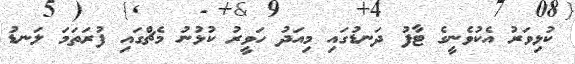
ކުޅިވަރު އެކުވެނީގެ ޓާފު ދަނޑުގައި މިއަދު ހަވީރު ކުޅުނު މެޗްގައި ފުރަތަމަ ލަނޑު